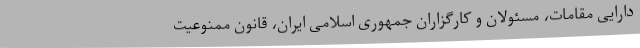
دارایی مقامات، مسئولان و کارگزاران جمهوری اسلامی ایران، قانون ممنوعیت